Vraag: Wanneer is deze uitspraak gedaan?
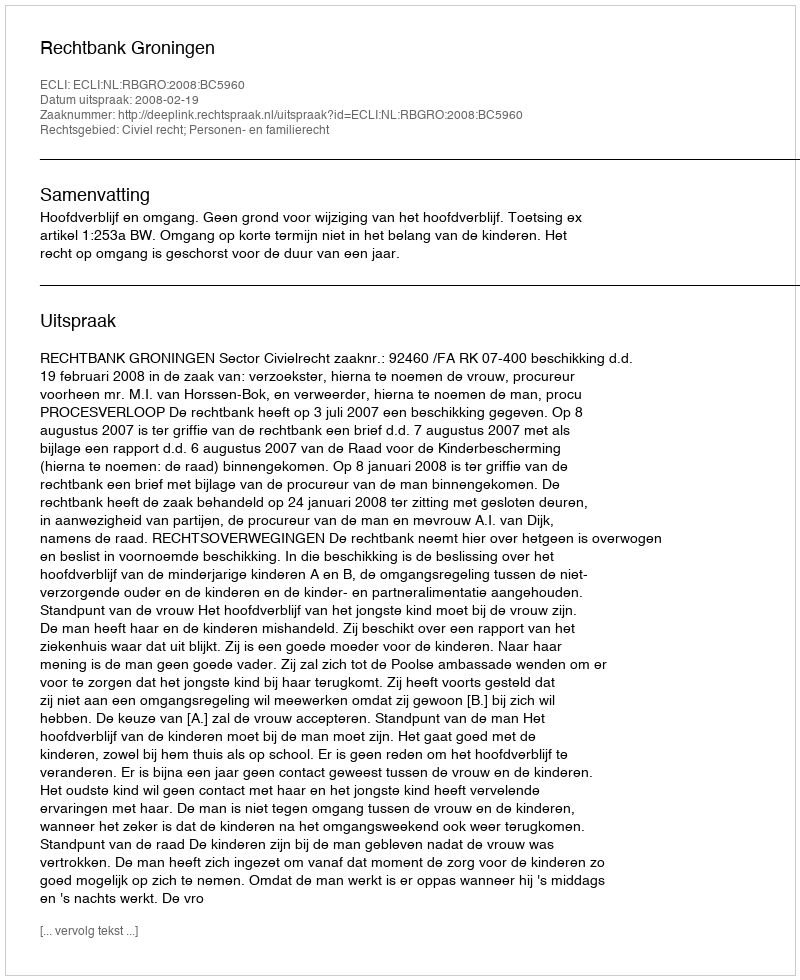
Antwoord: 2008-02-19